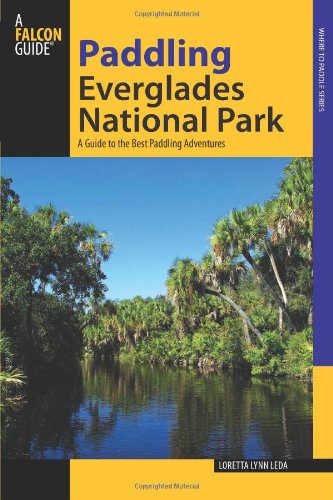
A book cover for Paddling Everglades National Park: A Guide To The Best Paddling Adventures (Paddling Series); Loretta Lynn Leda; Travel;